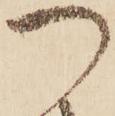
つ